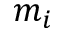
m _ { i }